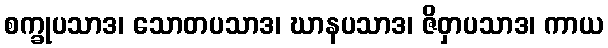
စက္ခုပသာဒ၊ သောတပသာဒ၊ ဃာနပသာဒ၊ ဇိဝှာပသာဒ၊ ကာယ